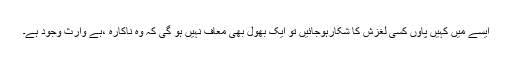
ایسے میں کہیں پاؤں کسی لغزش کا شکارہوجائیں تو ایک بھول بھی معاف نہیں ہو گی کہ وہ ناکارہ ،بے وارث وجود ہے۔